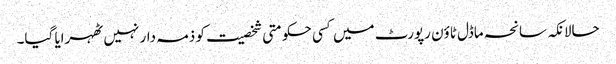
حالانکہ سانحہ ماڈل ٹاؤن رپورٹ میں کسی حکومتی شخصیت کو ذمہ دار نہیں ٹھہرایا گیا۔